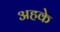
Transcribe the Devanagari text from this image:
अहके